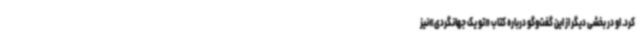
کرد. او در بخشی دیگر از این گفت‌وگو درباره کتاب «تو یک جهانگردی»نیز